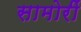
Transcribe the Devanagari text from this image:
सामोरीं